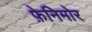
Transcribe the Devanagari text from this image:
फ़ेनिमोर